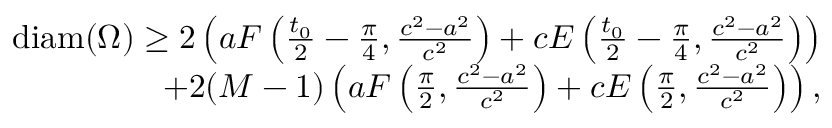
\begin{array} { r } { \mathrm { d i a m } ( \Omega ) \geq 2 \left( a F \left( \frac { t _ { 0 } } { 2 } - \frac { \pi } { 4 } , \frac { c ^ { 2 } - a ^ { 2 } } { c ^ { 2 } } \right) + c E \left( \frac { t _ { 0 } } { 2 } - \frac { \pi } { 4 } , \frac { c ^ { 2 } - a ^ { 2 } } { c ^ { 2 } } \right) \right) } \\ { + 2 ( M - 1 ) \left( a F \left( \frac { \pi } { 2 } , \frac { c ^ { 2 } - a ^ { 2 } } { c ^ { 2 } } \right) + c E \left( \frac { \pi } { 2 } , \frac { c ^ { 2 } - a ^ { 2 } } { c ^ { 2 } } \right) \right) , } \end{array}